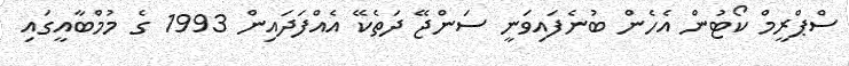
ސްޕްރީމް ކޯޓުން އެހެން ބުނެފައިވަނީ ސަންޖޭ ދަތެކޭ އެއްފަދައިން 1993 ގެ މުމްބާއީގައި